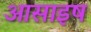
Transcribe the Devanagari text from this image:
आसाइष